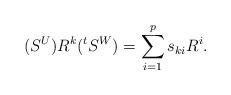
LaTeX: \begin{align*} (S^U) R^k ({}^tS^W) =\sum_{i=1}^p s_{ki}R^i . \end{align*}